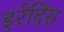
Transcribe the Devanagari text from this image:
इर्रदिंस